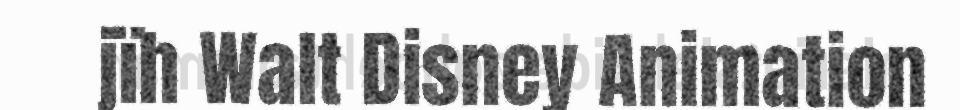
jïh Walt Disney Animation